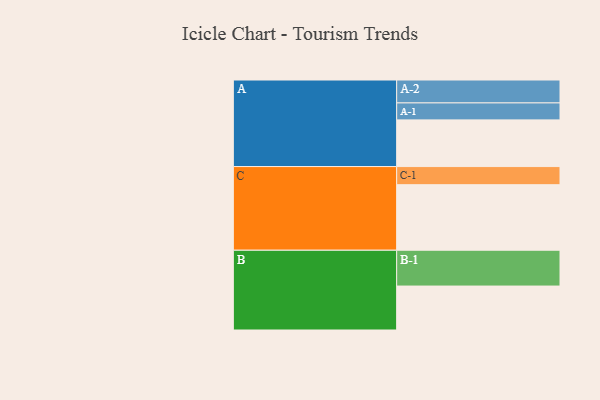
{"axis": {"x": "Segment", "y": "Value"}, "legend": ["", "A", "B", "C"], "data": [{"x": "A", "y": 322, "type": ""}, {"x": "B", "y": 303, "type": ""}, {"x": "C", "y": 452, "type": ""}, {"x": "A-1", "y": 117, "type": "A"}, {"x": "A-2", "y": 158, "type": "A"}, {"x": "B-1", "y": 247, "type": "B"}, {"x": "C-1", "y": 125, "type": "C"}]}